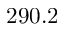
2 9 0 . 2